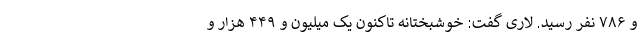
و ۷۸۶ نفر رسید. لاری گفت: خوشبختانه تاکنون یک میلیون و ۴۴۹ هزار و